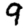
Digit: 9